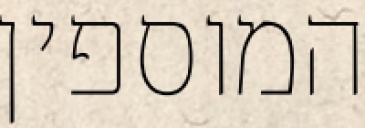
המוספין